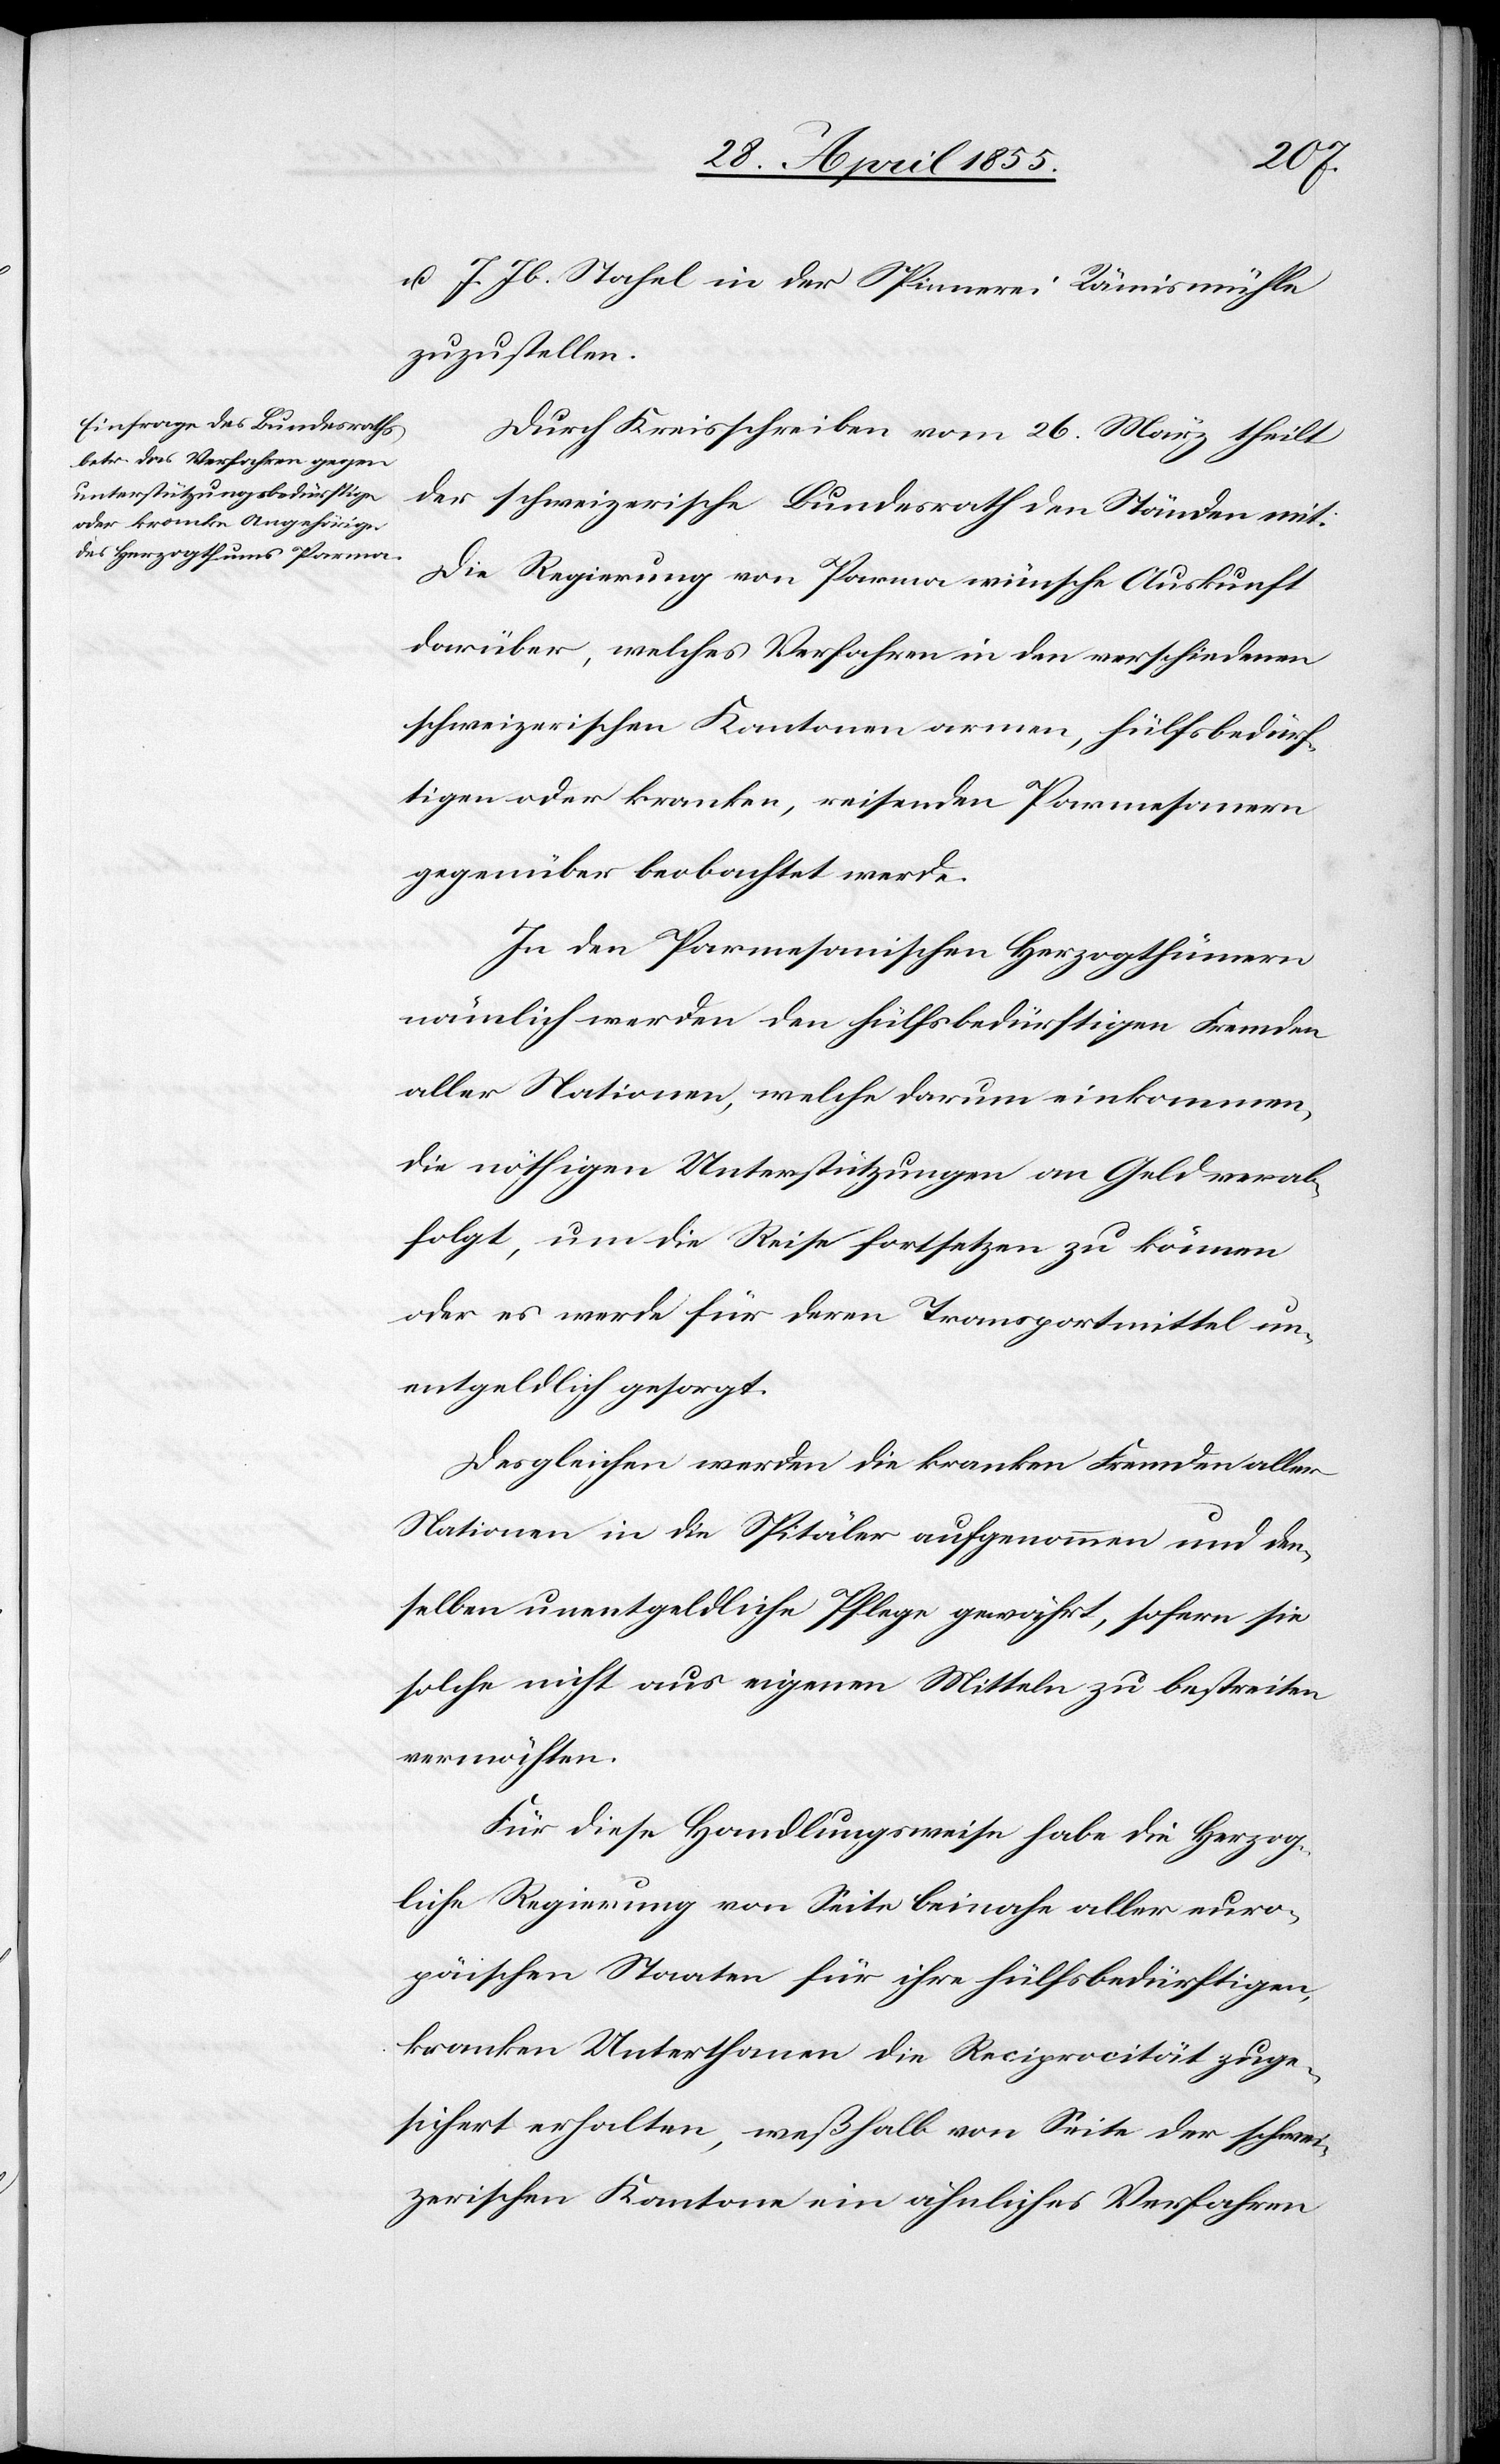
u. J. Jb. Stahel in der Spinnerei Rämismühle
zuzustellen.
Durch Kreisschreiben vom 26. März theilt
der schweizerische Bundesrath den Ständen mit:
Die Regierung von Parma wünsche Auskunft
darüber, welches Verfahren in den verschiedenen
schweizerischen Kantonen armen, hülfsbedürf¬
tigen oder kranken, reisenden Parmesanern
gegenüber beobachtet werde.
In den Parmesanischen Herzogthümern
nämlich werden den hülfsbedürftigen Fremden
aller Nationen, welche darum einkommen,
die nöthigen Unterstützungen an Geld verab¬
folgt, um die Reise fortsetzen zu können
oder es werde für deren Transportmittel un¬
entgeldlich gesorgt.
Desgleichen werden die kranken Fremden aller
Nationen in die Spitäler aufgenommen und den¬
selben unentgeldliche Pflege gewährt, sofern sie
solche nicht aus eigenen Mitteln zu bestreiten
vermöchten.
Für diese Handlungsweise habe die Herzog¬
liche Regierung von Seite beinahe aller euro¬
päischen Staaten für ihre hülfsbedürftigen,
kranken Unterthanen die Reciprocität zuge¬
sichert erhalten, weßhalb von Seite der schwei¬
zerischen Kantone ein ähnliches Verfahren